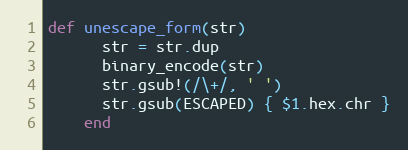
Language: Ruby
def unescape_form(str)
      str = str.dup
      binary_encode(str)
      str.gsub!(/\+/, ' ')
      str.gsub(ESCAPED) { $1.hex.chr }
    end